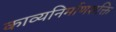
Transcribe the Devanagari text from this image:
काव्यनिर्माणशक्ति